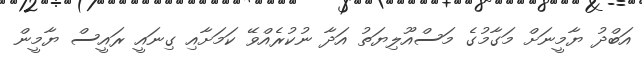
އަބްދު ޔާމީނަށް މަގާމުގެ މަސްއޫލިޔަތު އަދާ ނުކުރެއްވޭ ކަމަށާއި ގިނައީ ރައީސް ޔާމީން